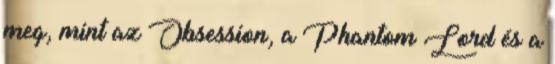
meg, mint az Obsession, a Phantom Lord és a